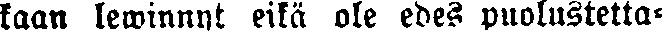
kään lewinnyt eikä ole edes puolustetta-